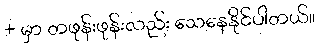
+ မှာ တဖုန်းဖုန်းလည်း သေနေနိုင်ပါတယ်။